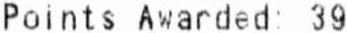
POINTS AWARDED: 39